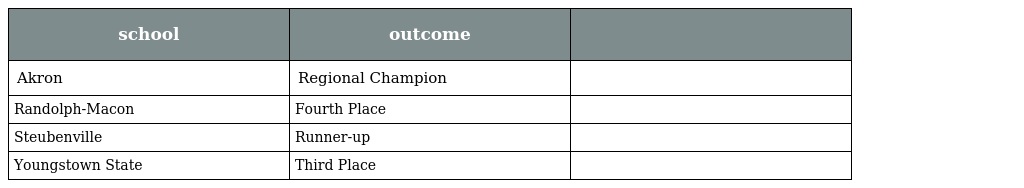
| school | outcome |  |
 | --- | --- | --- |
 | Akron | Regional Champion |  |
 | Randolph-Macon | Fourth Place |  |
 | Steubenville | Runner-up |  |
 | Youngstown State | Third Place |  |